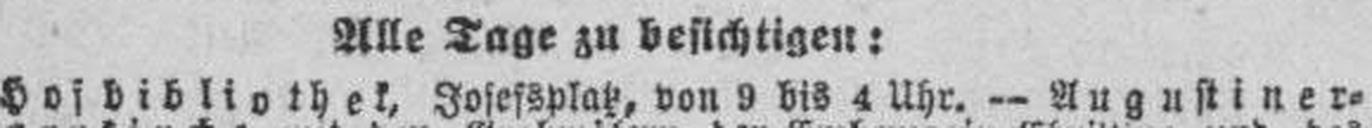
Hofbibliothek, Josefsplatz, von 9 bis 4 Uhr. — Augustiner¬